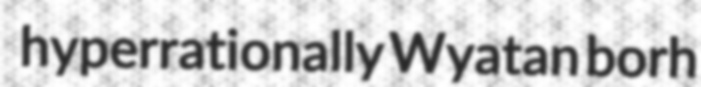
hyperrationally Wyatan borh